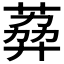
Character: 𦶭